Civil Veterinary Dept. Assam report 1927-50 - 1927-1950
Year: 1927
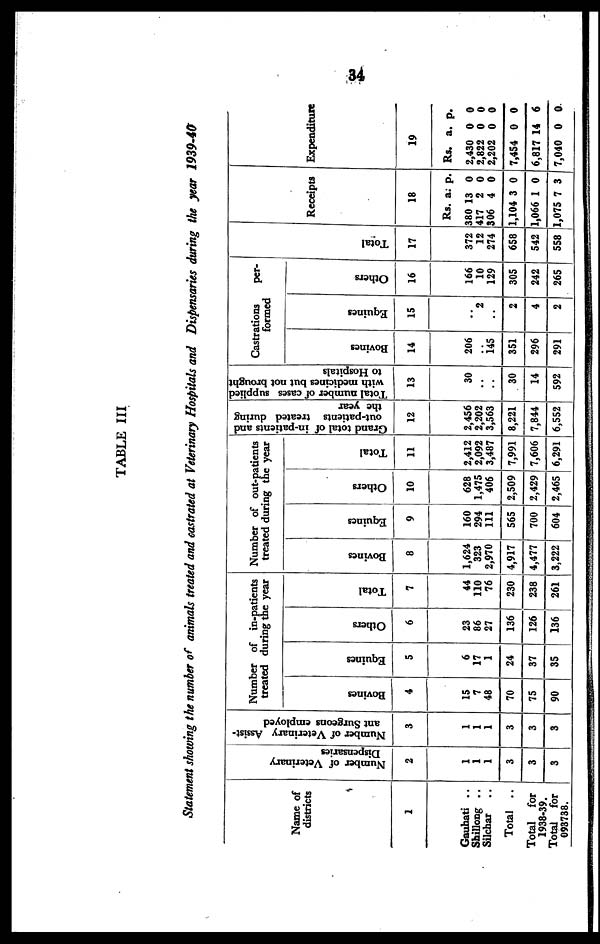
34
TABLE III
Statement showing the number of animals treated and castrated at Veterinary Hospitals and Dispensaries during the year 1939-40
Name of
districts
1
Gauhati ..
Shillong ..
Silchar
..
Total ..
Total for
1938-39.
Total for
093738.
Number of Veterinary
Dispensaries
2
1
1
1
3
3
3
Number of Veterinary Assist-
ant Surgeons employed
3
1
1
1
3
3
3
Number of in-patients
treated during the year
Bovines
4
15
7
48
70
75
90
Equines
5
6
17
1
24
37
35
Others
6
23
86
27
136
126
136
Total
7
44
110
76
230
238
261
Number of out-patients
treated during the year
Bovines
8
1,624
323
2,970
4,917
4,477
3,222
Equines
9
160
294
111
565
700
604
Others
10
628
1,475
406
2,509
2,429
2,465
Total
|
11
2,412
2,092
3,487
7,991
7,606
6,291
Grand total of in-patients and
out-patients treated during
the year
12
2,456
2,202
3,563
8,221
7,844
6,552
Total number of cases supplied
with medicines but not brought
to Hospitals
13
30
..
..
30
14
592
Castrations
per-
formed
Bovines
14
206
145
351
296
291
Equines
15
..
2
..
2
4
2
Others
16
166
10
129
305
242
265
Tot al
17
372
12
274
658
542
558
Receipts
18
Rs.
380 1
417
306
1,104
1,066
1,075
a.
3
2
4
3
1
7
p.
0
0
0
0
0
3
Expenditure
19
Rs.
2,430
2,822
2,202
7,454
6,817
7,040
a.
0
0
0
0
14
0
p.
0
0
0
0
6
0